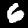
Digit: 6